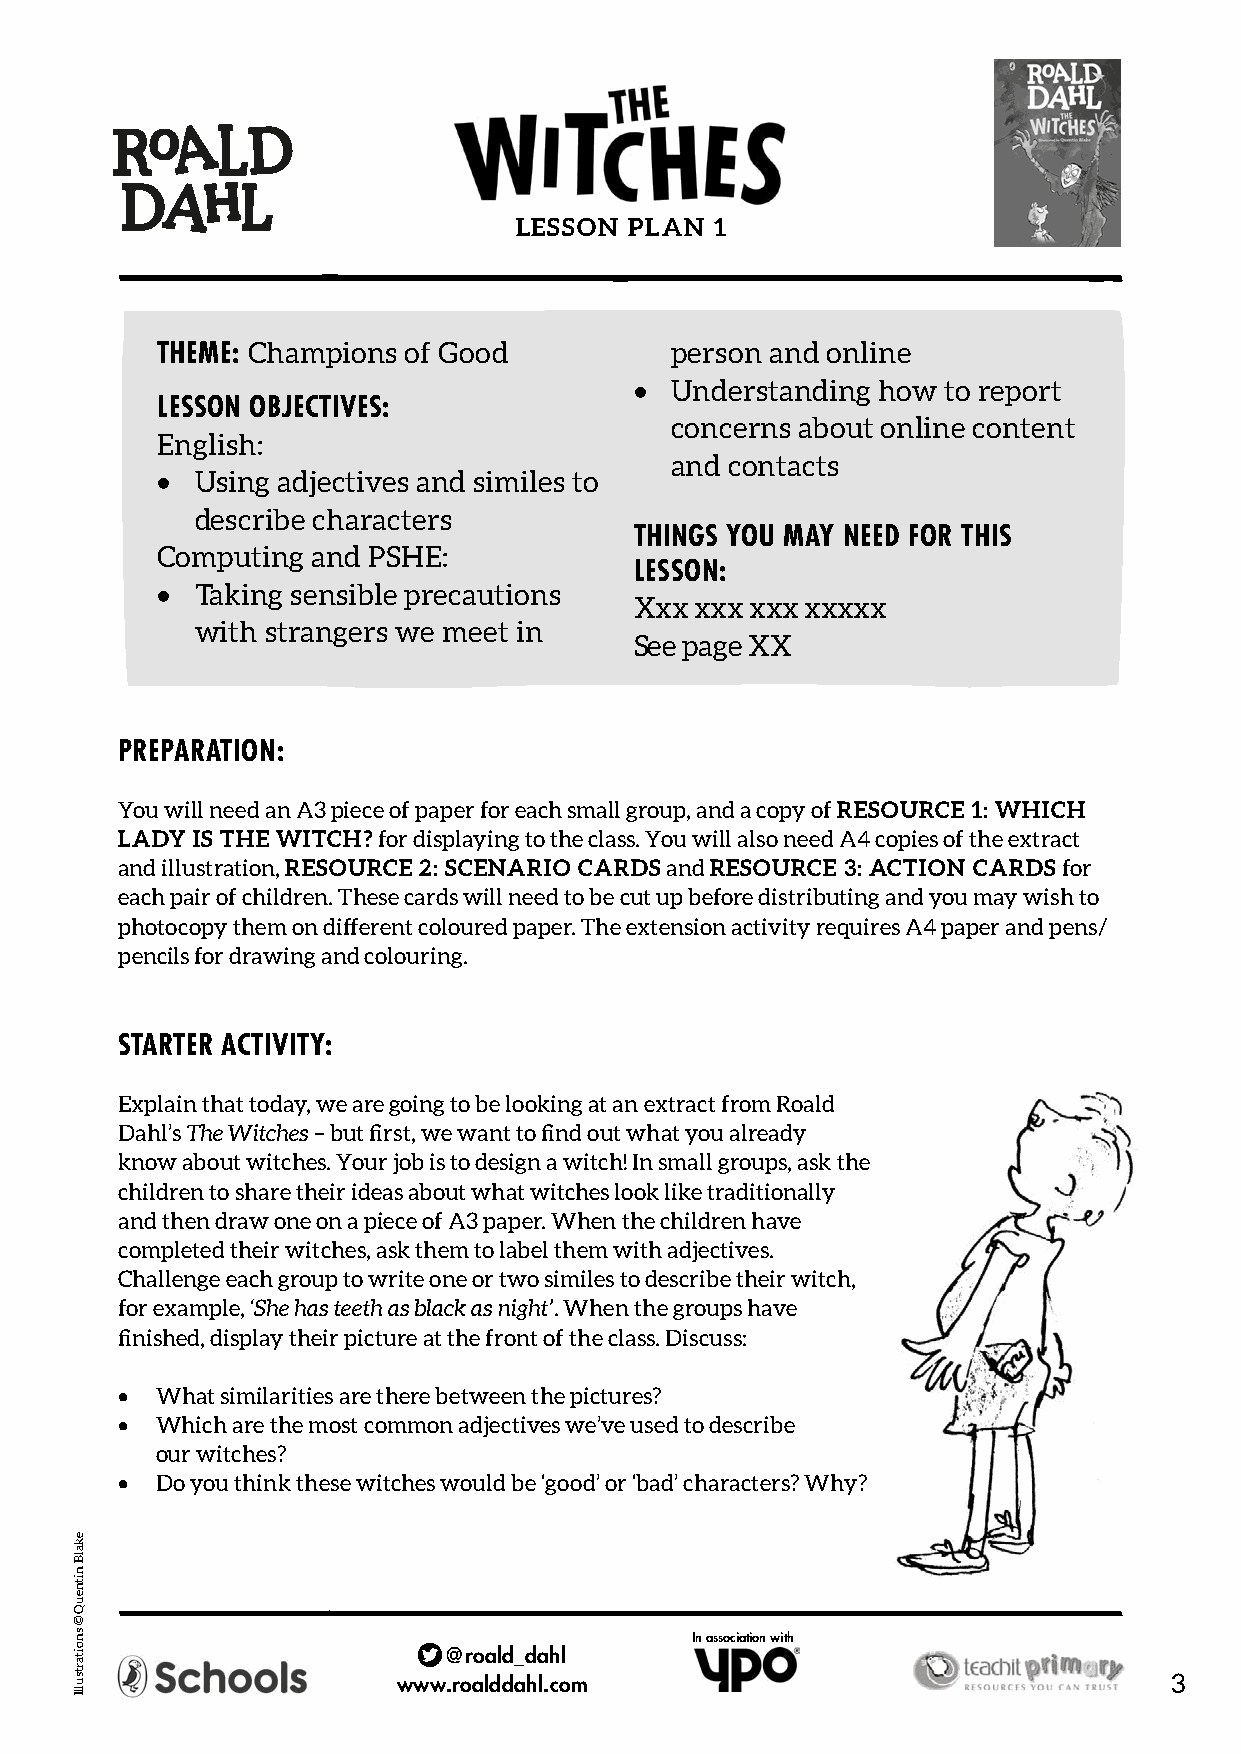
LESSON  PLAN 1
 THEME: Champions of Good          person and online
 • Understanding how  to report
 LESSON OBJECTIVES:
 concerns about online content
 English:
 and contacts
 •  Using adjectives and similes to
 describe characters
 THINGS YOU MAY NEED FOR THIS
 Computing  and PSHE:
 LESSON:
 •  Taking sensible precautions
 Xxx xxx xxx xxxxx
 with strangers we meet in
 See page XX
 PREPARATION:
 You will need an A3 piece of paper for each small group, and a copy of RESOURCE 1: WHICH
 LADY IS THE WITCH? for displaying to the class. You will also need A4 copies of the extract
 and illustration, RESOURCE 2: SCENARIO CARDS and RESOURCE 3: ACTION CARDS for
 each pair of children. These cards will need to be cut up before distributing and you may wish to
 photocopy them on different coloured paper. The extension activity requires A4 paper and pens/
 pencils for drawing and colouring.
 STARTER ACTIVITY:
 Explain that today, we are going to be looking at an extract from Roald
 Dahl’s The Witches – but first, we want to find out what you already
 know about witches. Your job is to design a witch! In small groups, ask the
 children to share their ideas about what witches look like traditionally
 and then draw one on a piece of A3 paper. When the children have
 completed their witches, ask them to label them with adjectives.
 Challenge each group to write one or two similes to describe their witch,
 for example, ‘She has teeth as black as night’. When the groups have
 finished, display their picture at the front of the class. Discuss:
 • What similarities are there between the pictures?
 • Which are the most common adjectives we’ve used to describe
 our witches?
 • Do you think these witches would be ‘good’ or ‘bad’ characters? Why?
 In association with
 @roald_dahl
 www.roalddahl.com                                  3
 ekalB
 nitneuQ
 ©
 snoitartsullI